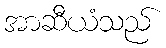
အာဆီယံသည်